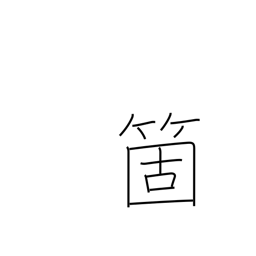
Meaning: counter for articles